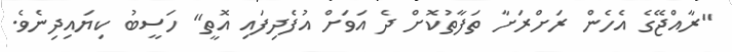
"ރާއްޖޭގެ އެހެން ރަށްރަށާ ތަފާތުކޮށް ދެ އަވަށް އުފެދިފައި އޮތީ" ހަސީބު ކިޔައިދިނެވެ.